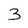
Character: 3